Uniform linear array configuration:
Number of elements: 4
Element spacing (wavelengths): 0.5
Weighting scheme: uniform
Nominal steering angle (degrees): -45
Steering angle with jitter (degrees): -45.053
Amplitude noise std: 0.05
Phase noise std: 0.05

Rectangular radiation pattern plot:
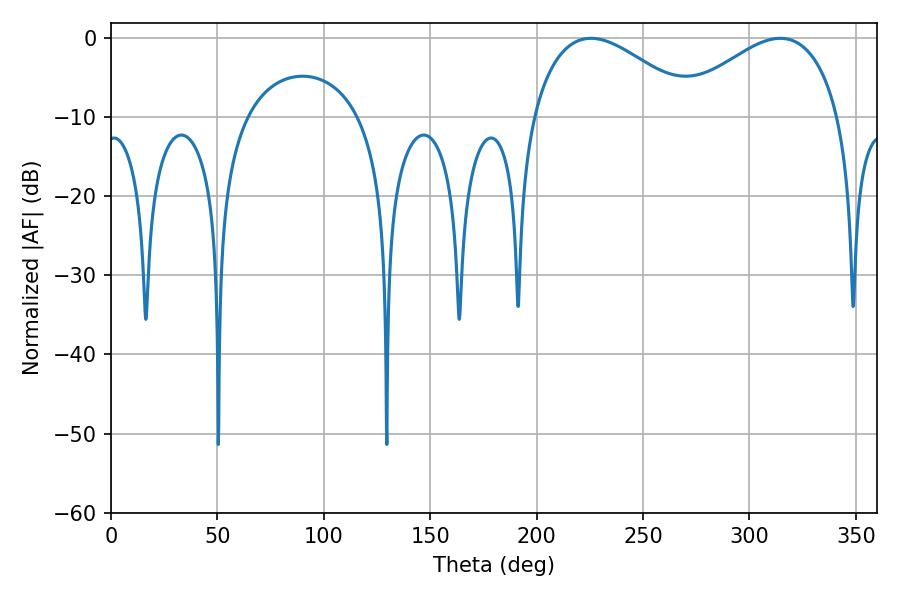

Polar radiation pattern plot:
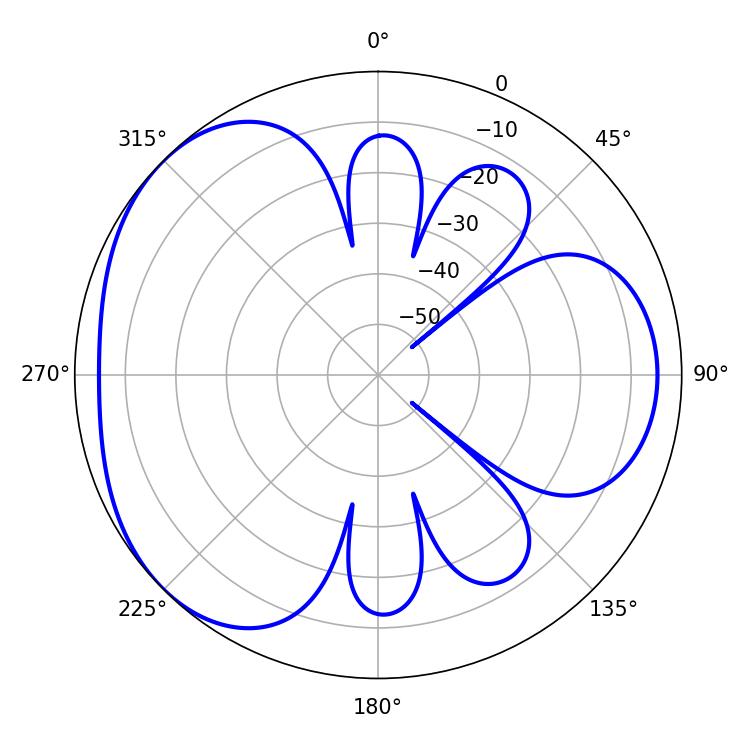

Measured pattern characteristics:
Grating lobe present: FALSE
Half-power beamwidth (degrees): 42.12
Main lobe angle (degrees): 225.54